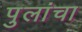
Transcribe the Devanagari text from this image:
पुलांचा